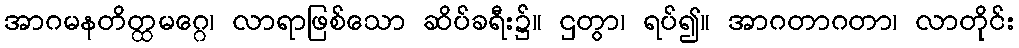
အာဂမနတိတ္ထမဂ္ဂေ၊ လာရာဖြစ်သော ဆိပ်ခရီး၌။ ဌတွာ၊ ရပ်၍။ အာဂတာဂတာ၊ လာတိုင်း